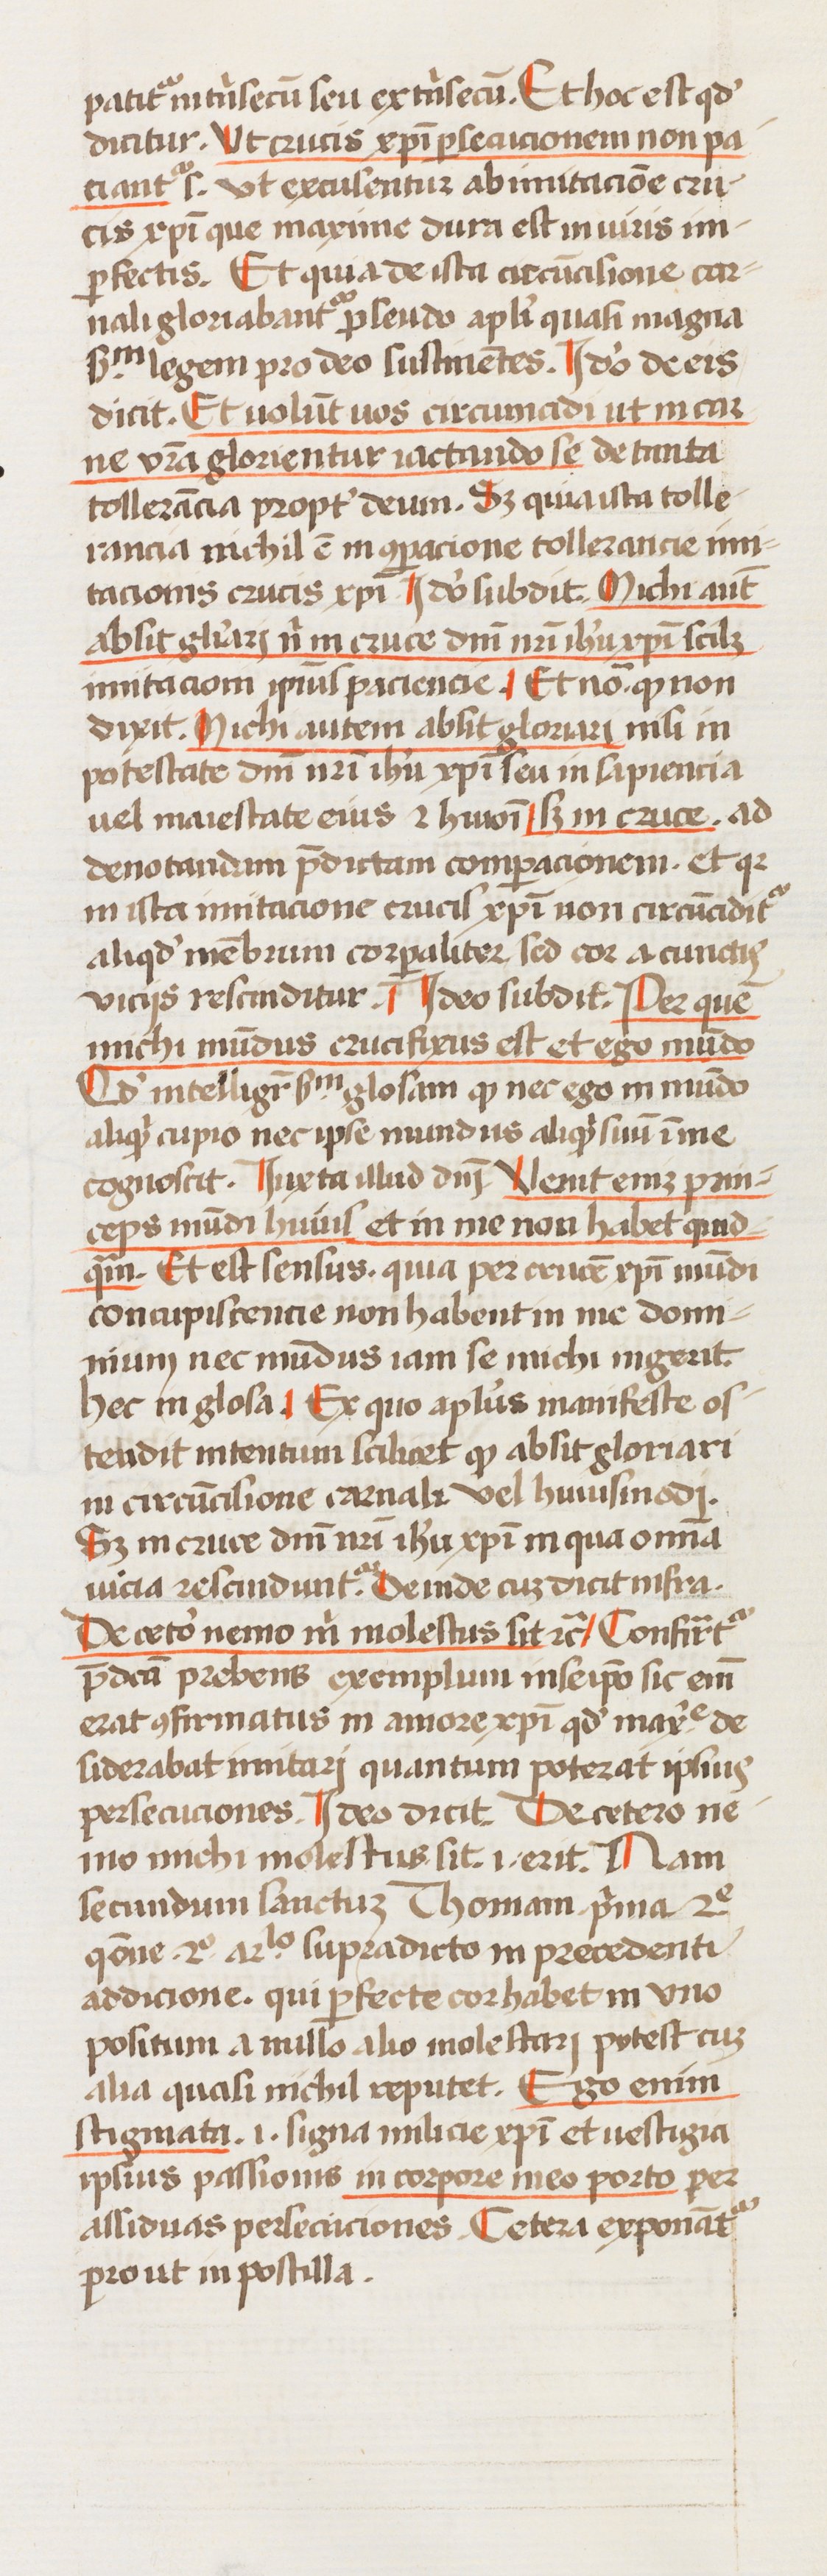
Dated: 1433–1465